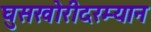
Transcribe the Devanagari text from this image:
घुसखोरीदरम्यान